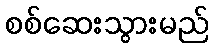
စစ်ဆေးသွားမည်